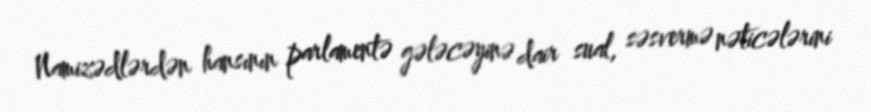
Namizədlərdən hansının parlamentə gələcəyinə dair sual, səsvermə nəticələrini